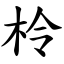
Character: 柃